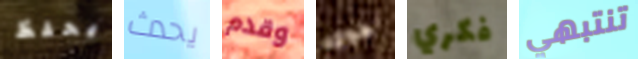
يحفظ يحدث وقدم هوى فكري تنتبهي